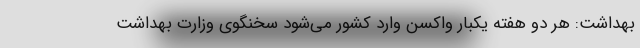
بهداشت: هر دو هفته یکبار واکسن وارد کشور می‌شود سخنگوی وزارت بهداشت